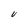
Character: U